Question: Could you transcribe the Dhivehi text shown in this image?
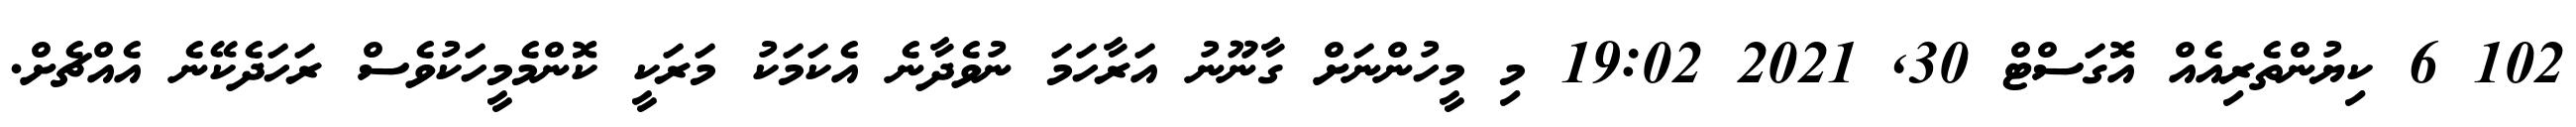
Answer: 102 6 ކިޔުންތެރިއެއް އޮގަސްޓް 30, 2021 19:02 މި މީހުންނަށް ގާނޫނު އަރާހަމަ ނުވެދާނެ އެކަމަކު މަރަކީ ކޮންމެމީހަކުވެސް ރަހަދެކޭނެ އެއްޗެށް.